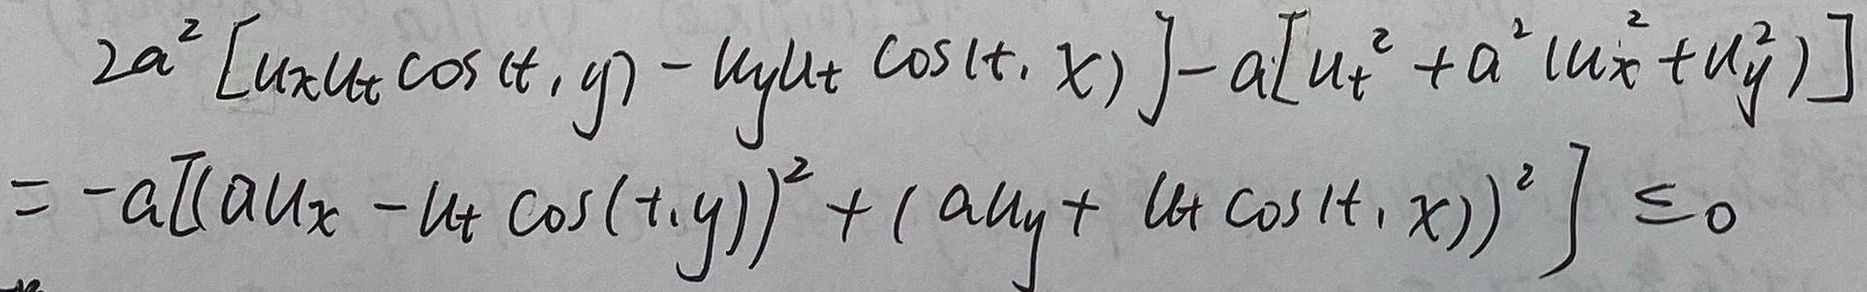
\[
\begin{align*}
&2a^{2}[u_{x}u_{t}\cos(t,y)-u_{y}u_{t}\cos(t,x)]-a[u_{t}^{2}+a^{2}(u_{x}^{2}+u_{y}^{2})]\\
=&-a[(au_{x}-u_{t}\cos(t,y))^{2}+(au_{y}+u_{t}\cos(t,x))^{2}]\leq0
\end{align*}
\]